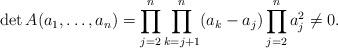
LaTeX: \begin{align*}\det A(a_1,\dots,a_n)=\prod_{j=2}^{n}\prod_{k=j+1}^{n} (a_k-a_j)\prod_{j=2}^{n} a_j^2\neq 0.\end{align*}